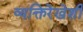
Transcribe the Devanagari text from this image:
व्यक्तिरेखेशी